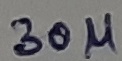
Text: 30µ